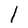
Character: l